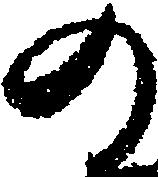
の